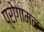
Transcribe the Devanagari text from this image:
प्रोगामन